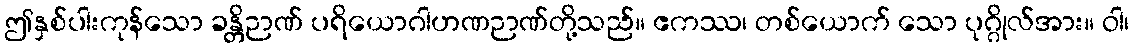
ဤနှစ်ပါးကုန်သော ခန္တိဉာဏ် ပရိယောဂါဟဏဉာဏ်တို့သည်။ ဧကဿ၊ တစ်ယောက် သော ပုဂ္ဂိုလ်အား။ ဝါ၊